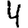
Digit: 4